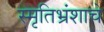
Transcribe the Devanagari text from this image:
स्मृतिभ्रंशाचे